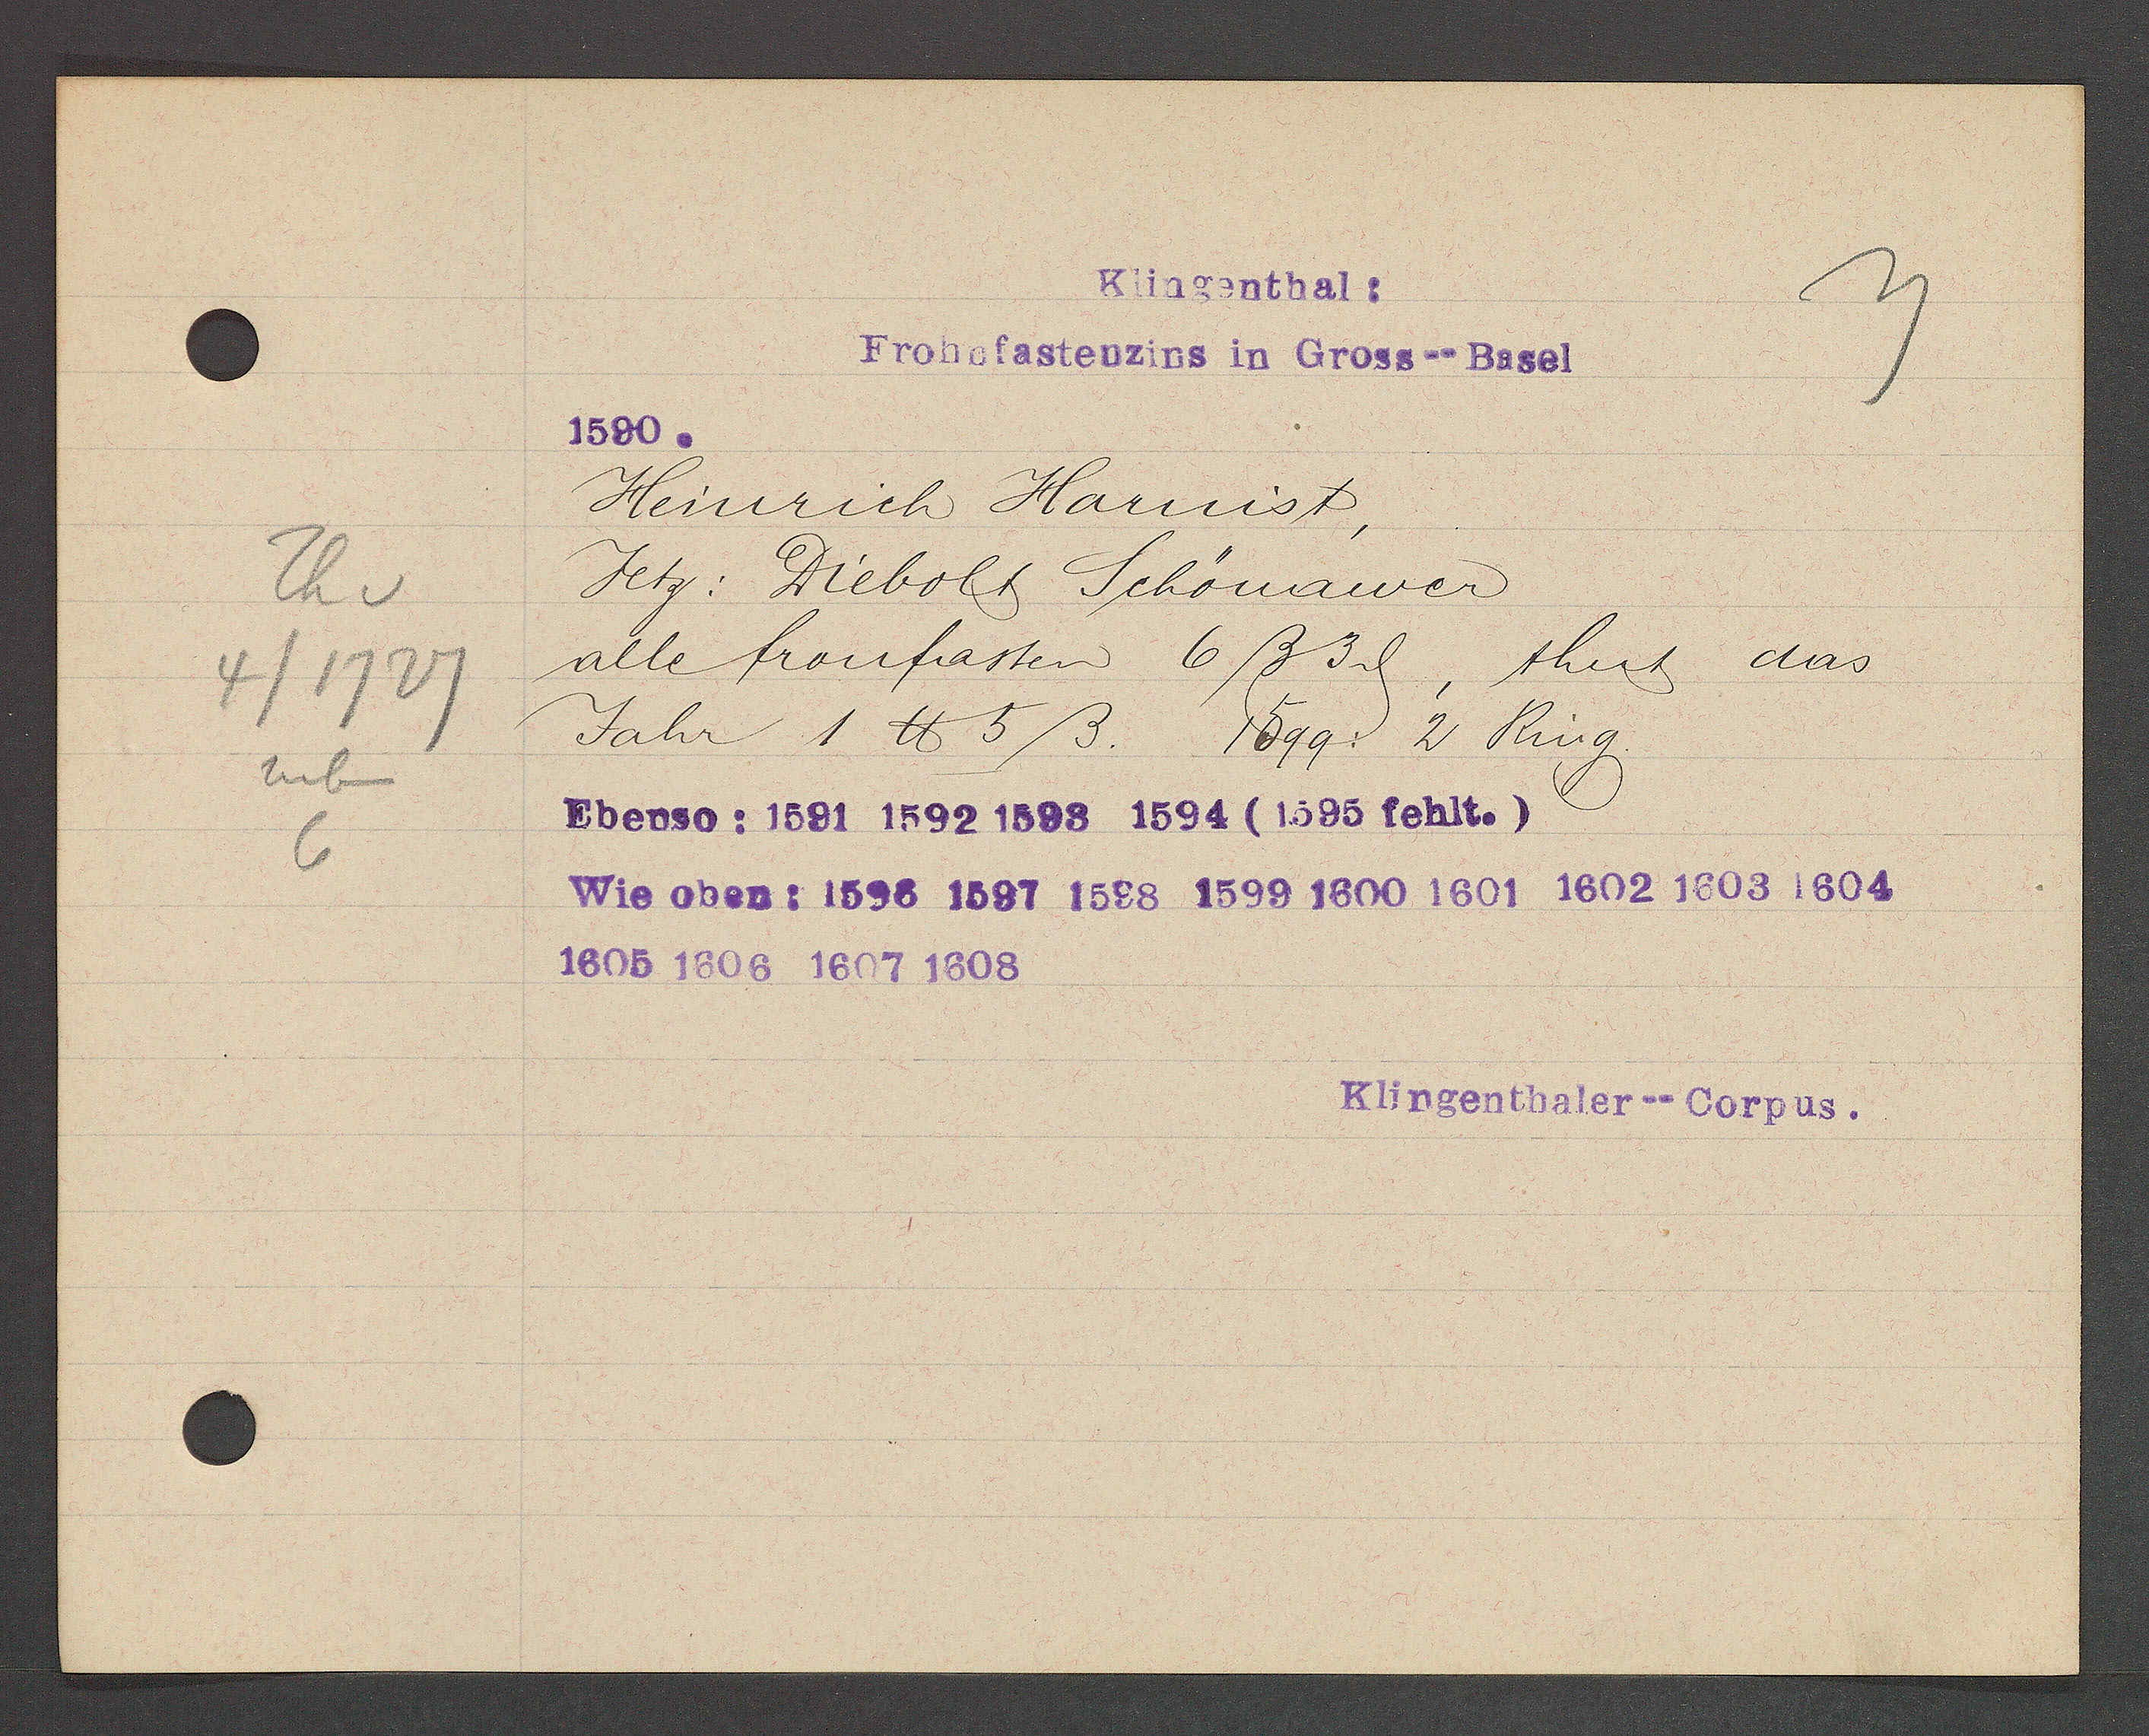
Transcript:
Th v
4/1727
neben
6

Klingenthal:
Frohefastenzins in Gross--Basel

1590.
Heinrich Harnist,
Jetz: Diebolt Schönauer
alle fronfasten 6ß 3ȡ,
thut das
Jahr 1 ℔ 5ß. 1599: 2 Ring.
Ebenso: 1591 1592 1593 1594 (1595 fehlt.)
Wie oben: 1596 1697 1598 1599 1600 1601 1602 1603 1604
1605 1606 1607 1608

Klingenthaler--Corpus.